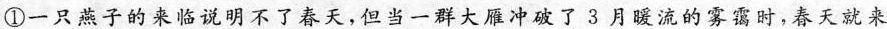
①一只燕子的来临说明不了春天，但当一群大雁冲破了3月暖流的雾霭时，春天就来